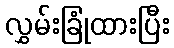
လွှမ်းခြုံထားပြီး